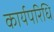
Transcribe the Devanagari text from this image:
कार्यपरिधि